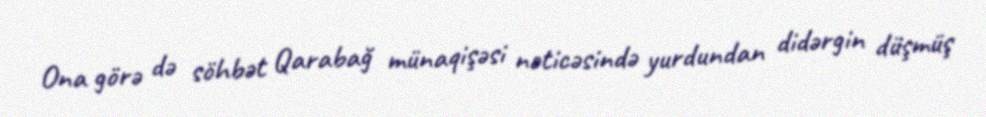
Ona görə də söhbət Qarabağ münaqişəsi nəticəsində yurdundan didərgin düşmüş